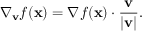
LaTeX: \nabla _ { \mathbf { v } } { f } ( \mathbf { x } ) = \nabla f ( \mathbf { x } ) \cdot { \frac { \mathbf { v } } { | \mathbf { v } | } } .